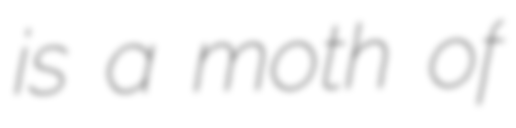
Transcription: is a moth of